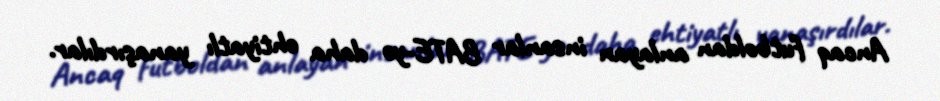
Ancaq futboldan anlayan insanlar BATE-yə daha ehtiyatlı yanaşırdılar.